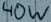
Text: 40W